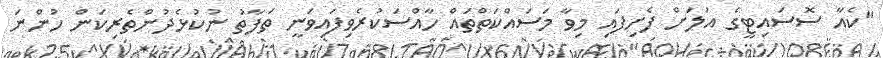
"ކެއާ ސޮސައިޓީގެ އަލަށް ފެށިފައި މިވާ މަސައްކަތްތައް ހާއްސަކުރެވިފައިވަނީ ތަފާތު ނުކުޅެދުންތެރިކަން ހުންނަ